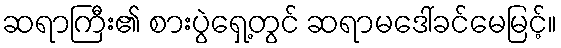
ဆရာကြီး၏ စားပွဲရှေ့တွင် ဆရာမဒေါ်ခင်မေမြင့်။